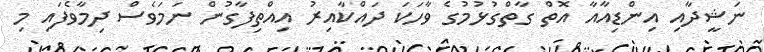
ނަޝީދާއި އިންޑިއާއާ އޮތް ގާތްގުޅުމުގެ ވާހަކަ ދައްކާއިރު އިއްތިފާގުން ނަމަވެސް ދިމާވެފައި މި